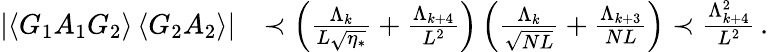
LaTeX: \begin{array}{rl}{\left|\left\langle{G_{1}A_{1}G_{2}}\right\rangle\left\langle{G_{2}A_{2}}\right\rangle\right|}&{\prec\left(\frac{\Lambda_{k}}{L\sqrt{\eta_{*}}}+\frac{\Lambda_{k+4}}{L^{2}}\right)\left(\frac{\Lambda_{k}}{\sqrt{NL}}+\frac{\Lambda_{k+3}}{NL}\right)\prec\frac{\Lambda_{k+4}^{2}}{L^{2}}\, .}\end{array}